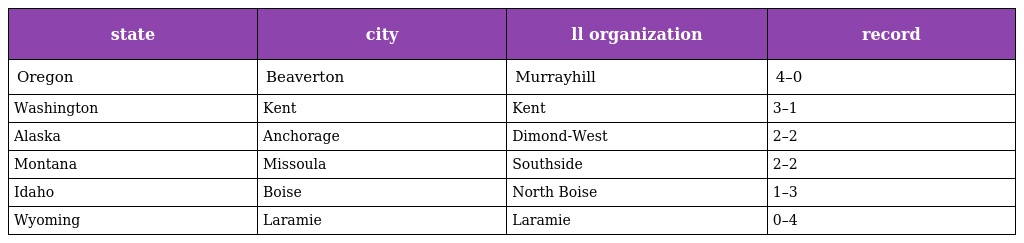
| state | city | ll organization | record |
 | --- | --- | --- | --- |
 | Oregon | Beaverton | Murrayhill | 4–0 |
 | Washington | Kent | Kent | 3–1 |
 | Alaska | Anchorage | Dimond-West | 2–2 |
 | Montana | Missoula | Southside | 2–2 |
 | Idaho | Boise | North Boise | 1–3 |
 | Wyoming | Laramie | Laramie | 0–4 |